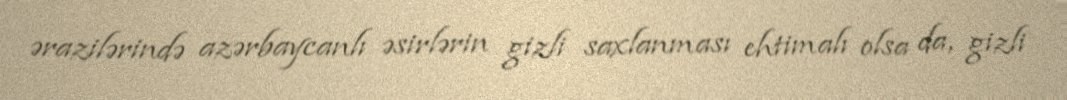
ərazilərində azərbaycanlı əsirlərin gizli saxlanması ehtimalı olsa da, gizli